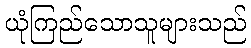
ယုံကြည်သောသူများသည်